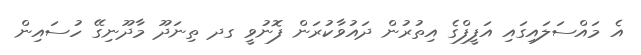
އެ މައްސަލައިގައި އަފީފްގެ އިތުރުން ދައުވާކުރަން ފޮނުވީ ގދ ތިނަދޫ މާދޫނިގޭ ހުސައިން